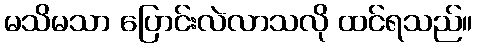
မသိမသာ ပြောင်းလဲလာသလို ထင်ရသည်။